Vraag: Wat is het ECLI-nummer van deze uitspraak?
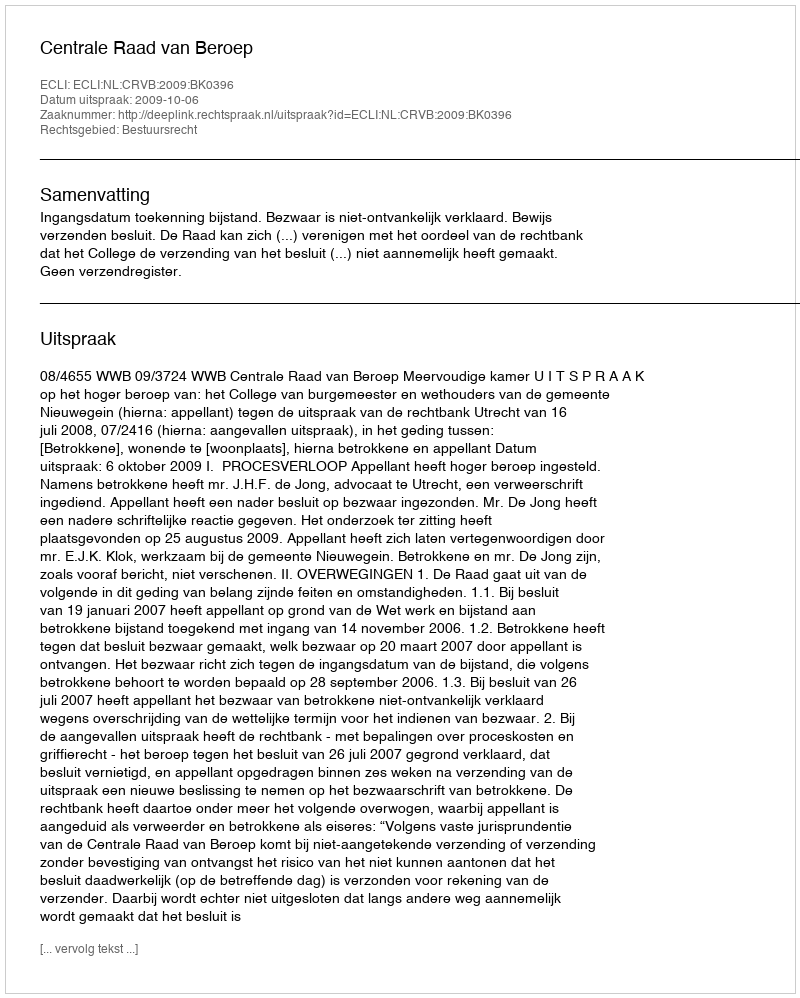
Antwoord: ECLI:NL:CRVB:2009:BK0396